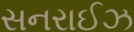
સનરાઈઝ